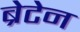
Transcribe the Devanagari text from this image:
ब्रेटेन